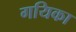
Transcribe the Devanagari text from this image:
गयिका